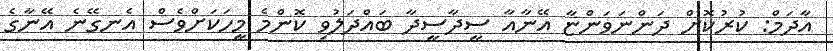
އާދަމް: ކުރުކޮށް ދަންނަވަންޏާ އޭނާއާ ސީދާސީދާ ބައްދަލުވި ކޮންމެ މީހަކަށްވެސް އެނގޭނެ އޭނާގެ